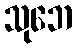
သုဘေ